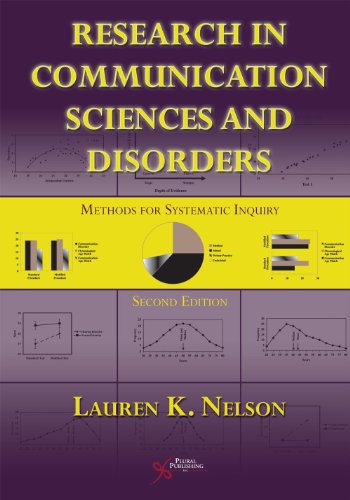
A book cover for Research in Communication Sciences and Disorders: Methods for Systematic Inquiry; Lauren K. Nelson; Medical Books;